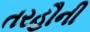
તરહૌની